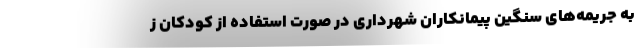
به جریمه‌های سنگین پیمانکاران شهرداری در صورت استفاده از کودکان ز